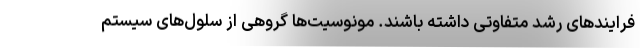
فرایندهای رشد متفاوتی داشته باشند. مونوسیت‌ها گروهی از سلول‌های سیستم